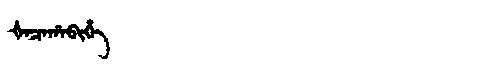
Manchu: ᡧᠠᠴᠠᡥᠠᠪᡳᡥᡝ
Romanization: ŠACAHABIHE